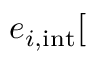
e _ { i , \mathrm { i n t } } [ \